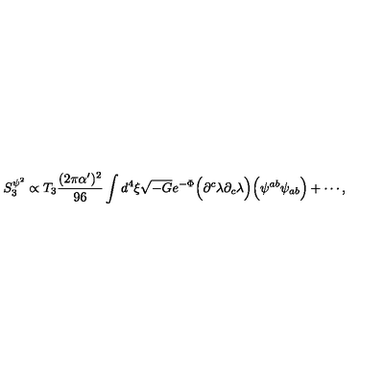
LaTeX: S _ { 3 } ^ { \psi ^ { 2 } } \propto T _ { 3 } { \frac { ( 2 \pi \alpha ^ { \prime } ) ^ { 2 } } { 9 6 } } \int d ^ { 4 } \xi \sqrt { - G } e ^ { - \Phi } \Big ( \partial ^ { c } \lambda \partial _ { c } \lambda \Big ) \Big ( \psi ^ { a b } \psi _ { a b } \Big ) + \cdots ,